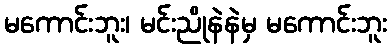
မကောင်းဘူး၊ မင်းညိုနဲနဲမှ မကောင်းဘူး